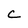
Character: c